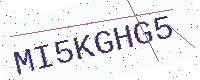
Text: MI5KGHG5